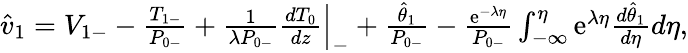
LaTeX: \begin{array}{r}{\hat{v}_{1}=V_{1-}-\frac{T_{1-}}{P_{0-}}+\frac{1}{\lambda P_{0-}}\frac{dT_{0}}{dz}\Big|_{-}+\frac{\hat{\theta}_{1}}{P_{0-}}-\frac{\mathrm{e}^{-\lambda\eta}}{P_{0-}}\int_{-\infty}^{\eta}\mathrm{e}^{\lambda\eta}\frac{d\hat{\theta}_{1}}{d\eta}d\eta,}\end{array}